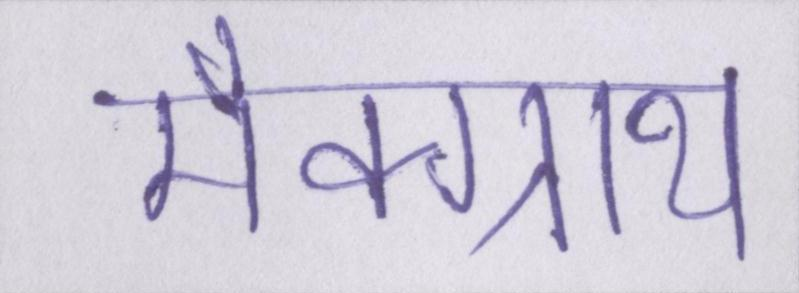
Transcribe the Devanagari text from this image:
मैक्ग्राथ